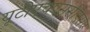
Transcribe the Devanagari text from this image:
यूटीएचएससीएसए